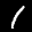
Label: 1